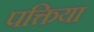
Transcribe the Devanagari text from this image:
पक्तिया